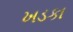
ખડકા